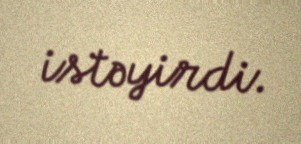
istəyirdi.